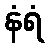
နံရံ